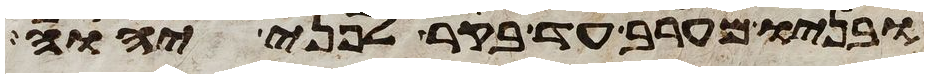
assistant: ובניו מערב עד בקר לפני יהוה